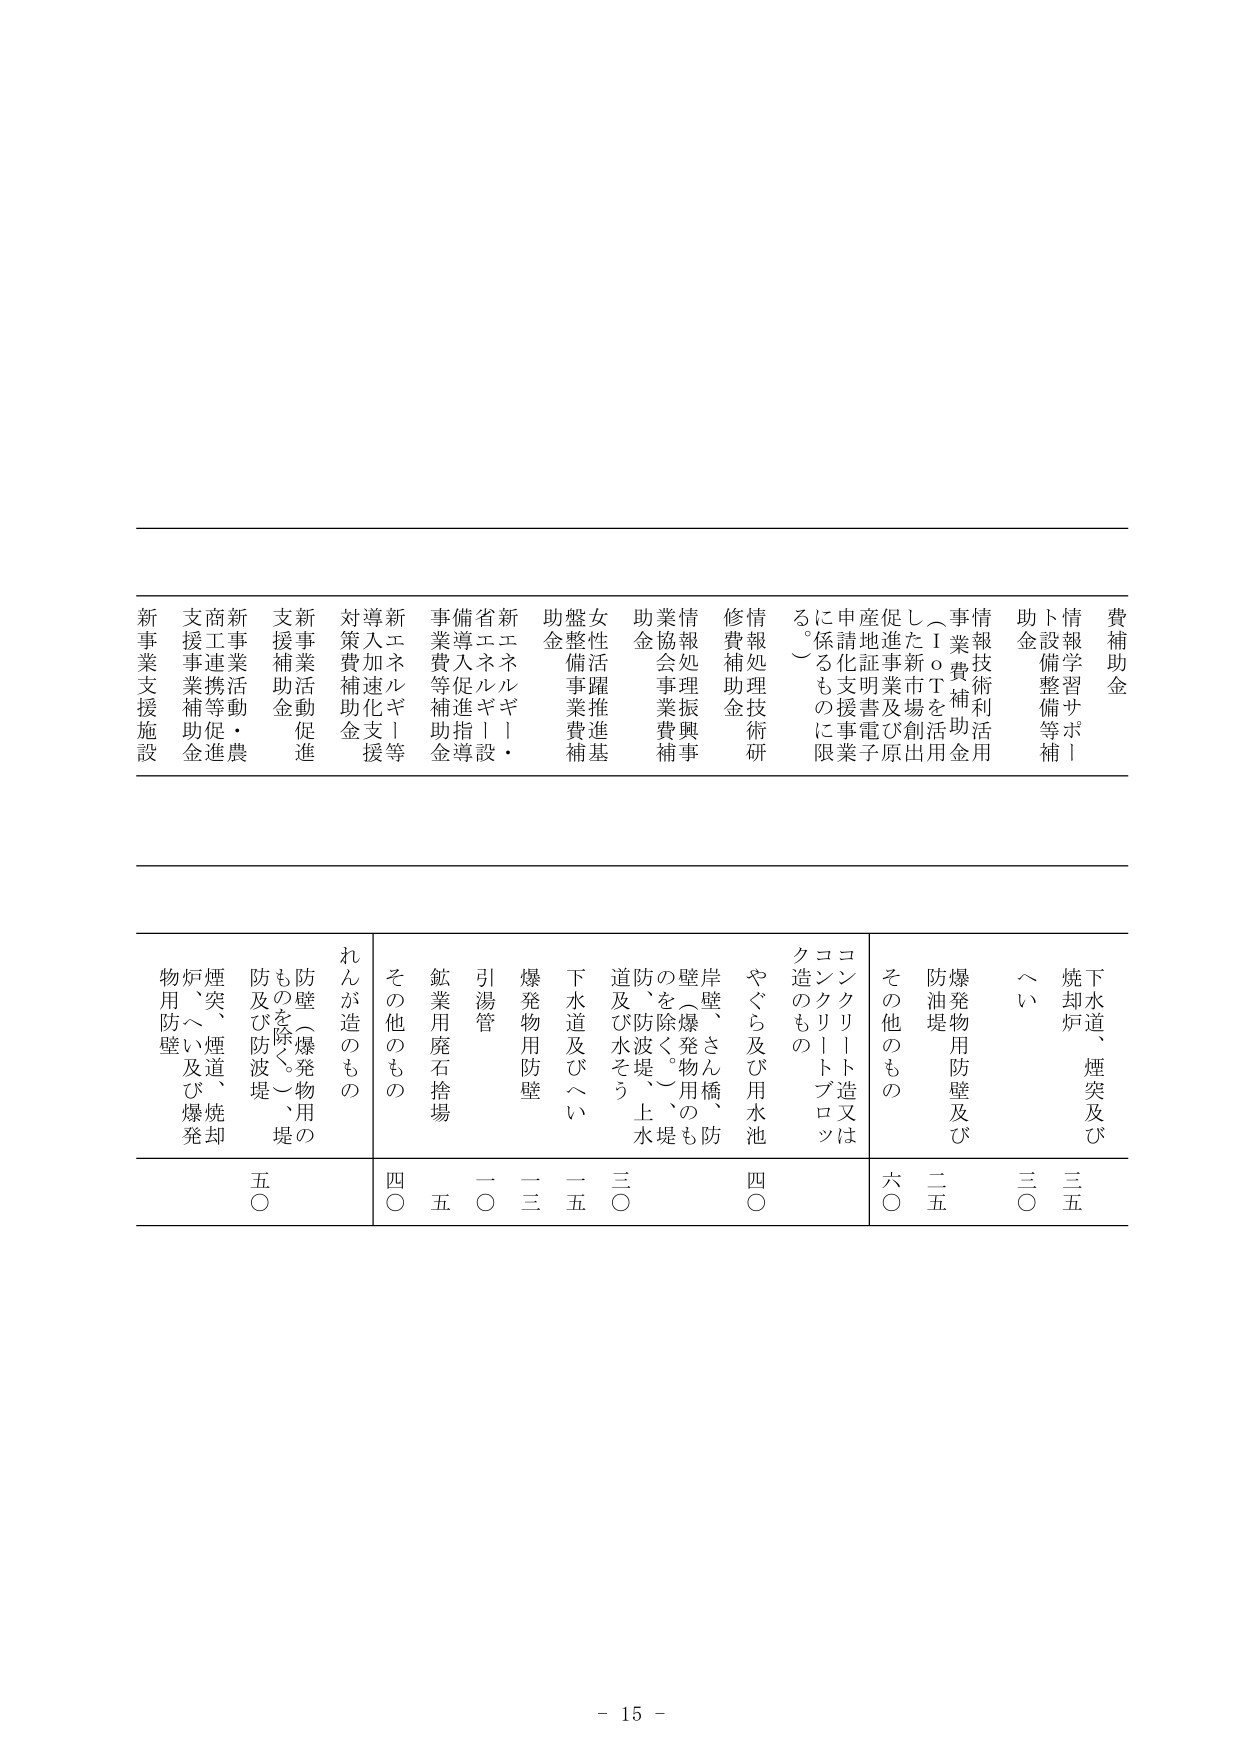
費補助金
情報学習サポート
助金設備整備等補助
情報技術利用
事業費補助金
（ＩｏＴを活用した新市場創出促進事業及び産地証明書電子化支援事業に係るものに限る。）
情報処理振興事業協会事業費補助金
修繕費補助金
女性活躍推進基盤整備事業費補助金
新エネルギー・省エネルギー導入等促進指導事業費補助金
新エネルギー導入加速化支援対策費補助金
新事業活動促進支援補助金
新事業活動・農商工連携等促進支援事業補助金
新事業支援施設

下水道、煙突及び焼却炉
へい
爆発物用防壁及び防油堤
その他のもの
コンクリート造又はコンクリートブロック造のもの
やぐら及び用水池
岸壁、さん橋、防壁（爆発物用のものを除く。）、防波堤、上水堤、防波堤、下水道及び水そう
下水道及びへい
爆発物用防壁
引湯管
鉱業用廃石捨場
その他のもの
れんが造のもの
防壁（爆発物用のものを除く。）、堤防及び防波堤
煙突、煙道、焼却炉、へい及び爆発物用防壁
三五
三〇
二五
六〇
四〇
三〇
一五
一二
一〇
四五
四〇
五〇

- 15 -